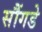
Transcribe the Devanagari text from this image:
सौंगडे